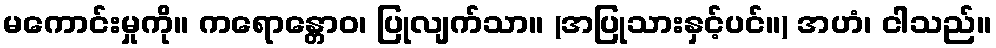
မကောင်းမှုကို။ ကရောန္တောဝ၊ ပြုလျက်သာ။ (အပြုသားနှင့်ပင်။) အဟံ၊ ငါသည်။